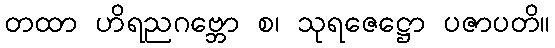
တထာ ဟိရညဂဗ္ဘော စ၊ သုရဇေဋ္ဌော ပဇာပတိ။